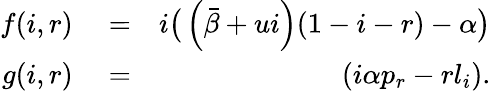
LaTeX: \begin{array}{rlr}{f(i,r)}&{{}=}&{i\big(\left(\bar{\beta}+ui\right)(1-i-r)-\alpha\big)}\\ {g(i,r)}&{{}=}&{\left(i\alpha p_{r}-rl_{i}\right).}\end{array}